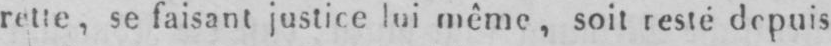
rette, se faisant justice lui même, soit resté depuis